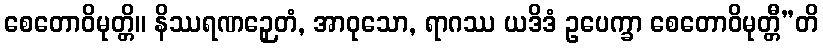
စေတောဝိမုတ္တိ။ နိဿရဏဉှေတံ, အာဝုသော, ရာဂဿ ယဒိဒံ ဥပေက္ခာ စေတောဝိမုတ္တီ”တိ